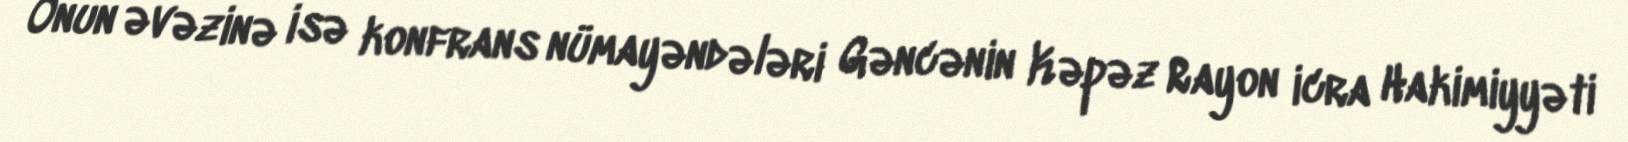
Onun əvəzinə isə konfrans nümayəndələri Gəncənin Kəpəz Rayon icra Hakimiyyəti